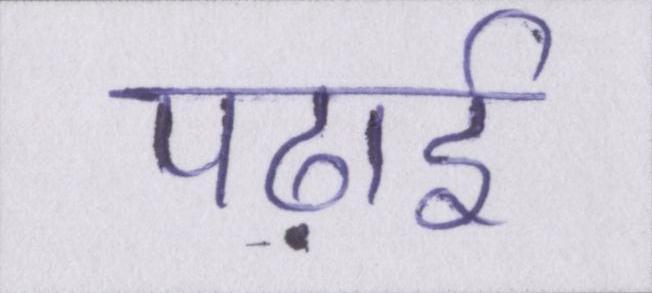
पढ़ाई